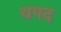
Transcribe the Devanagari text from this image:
थपद